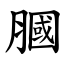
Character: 膕